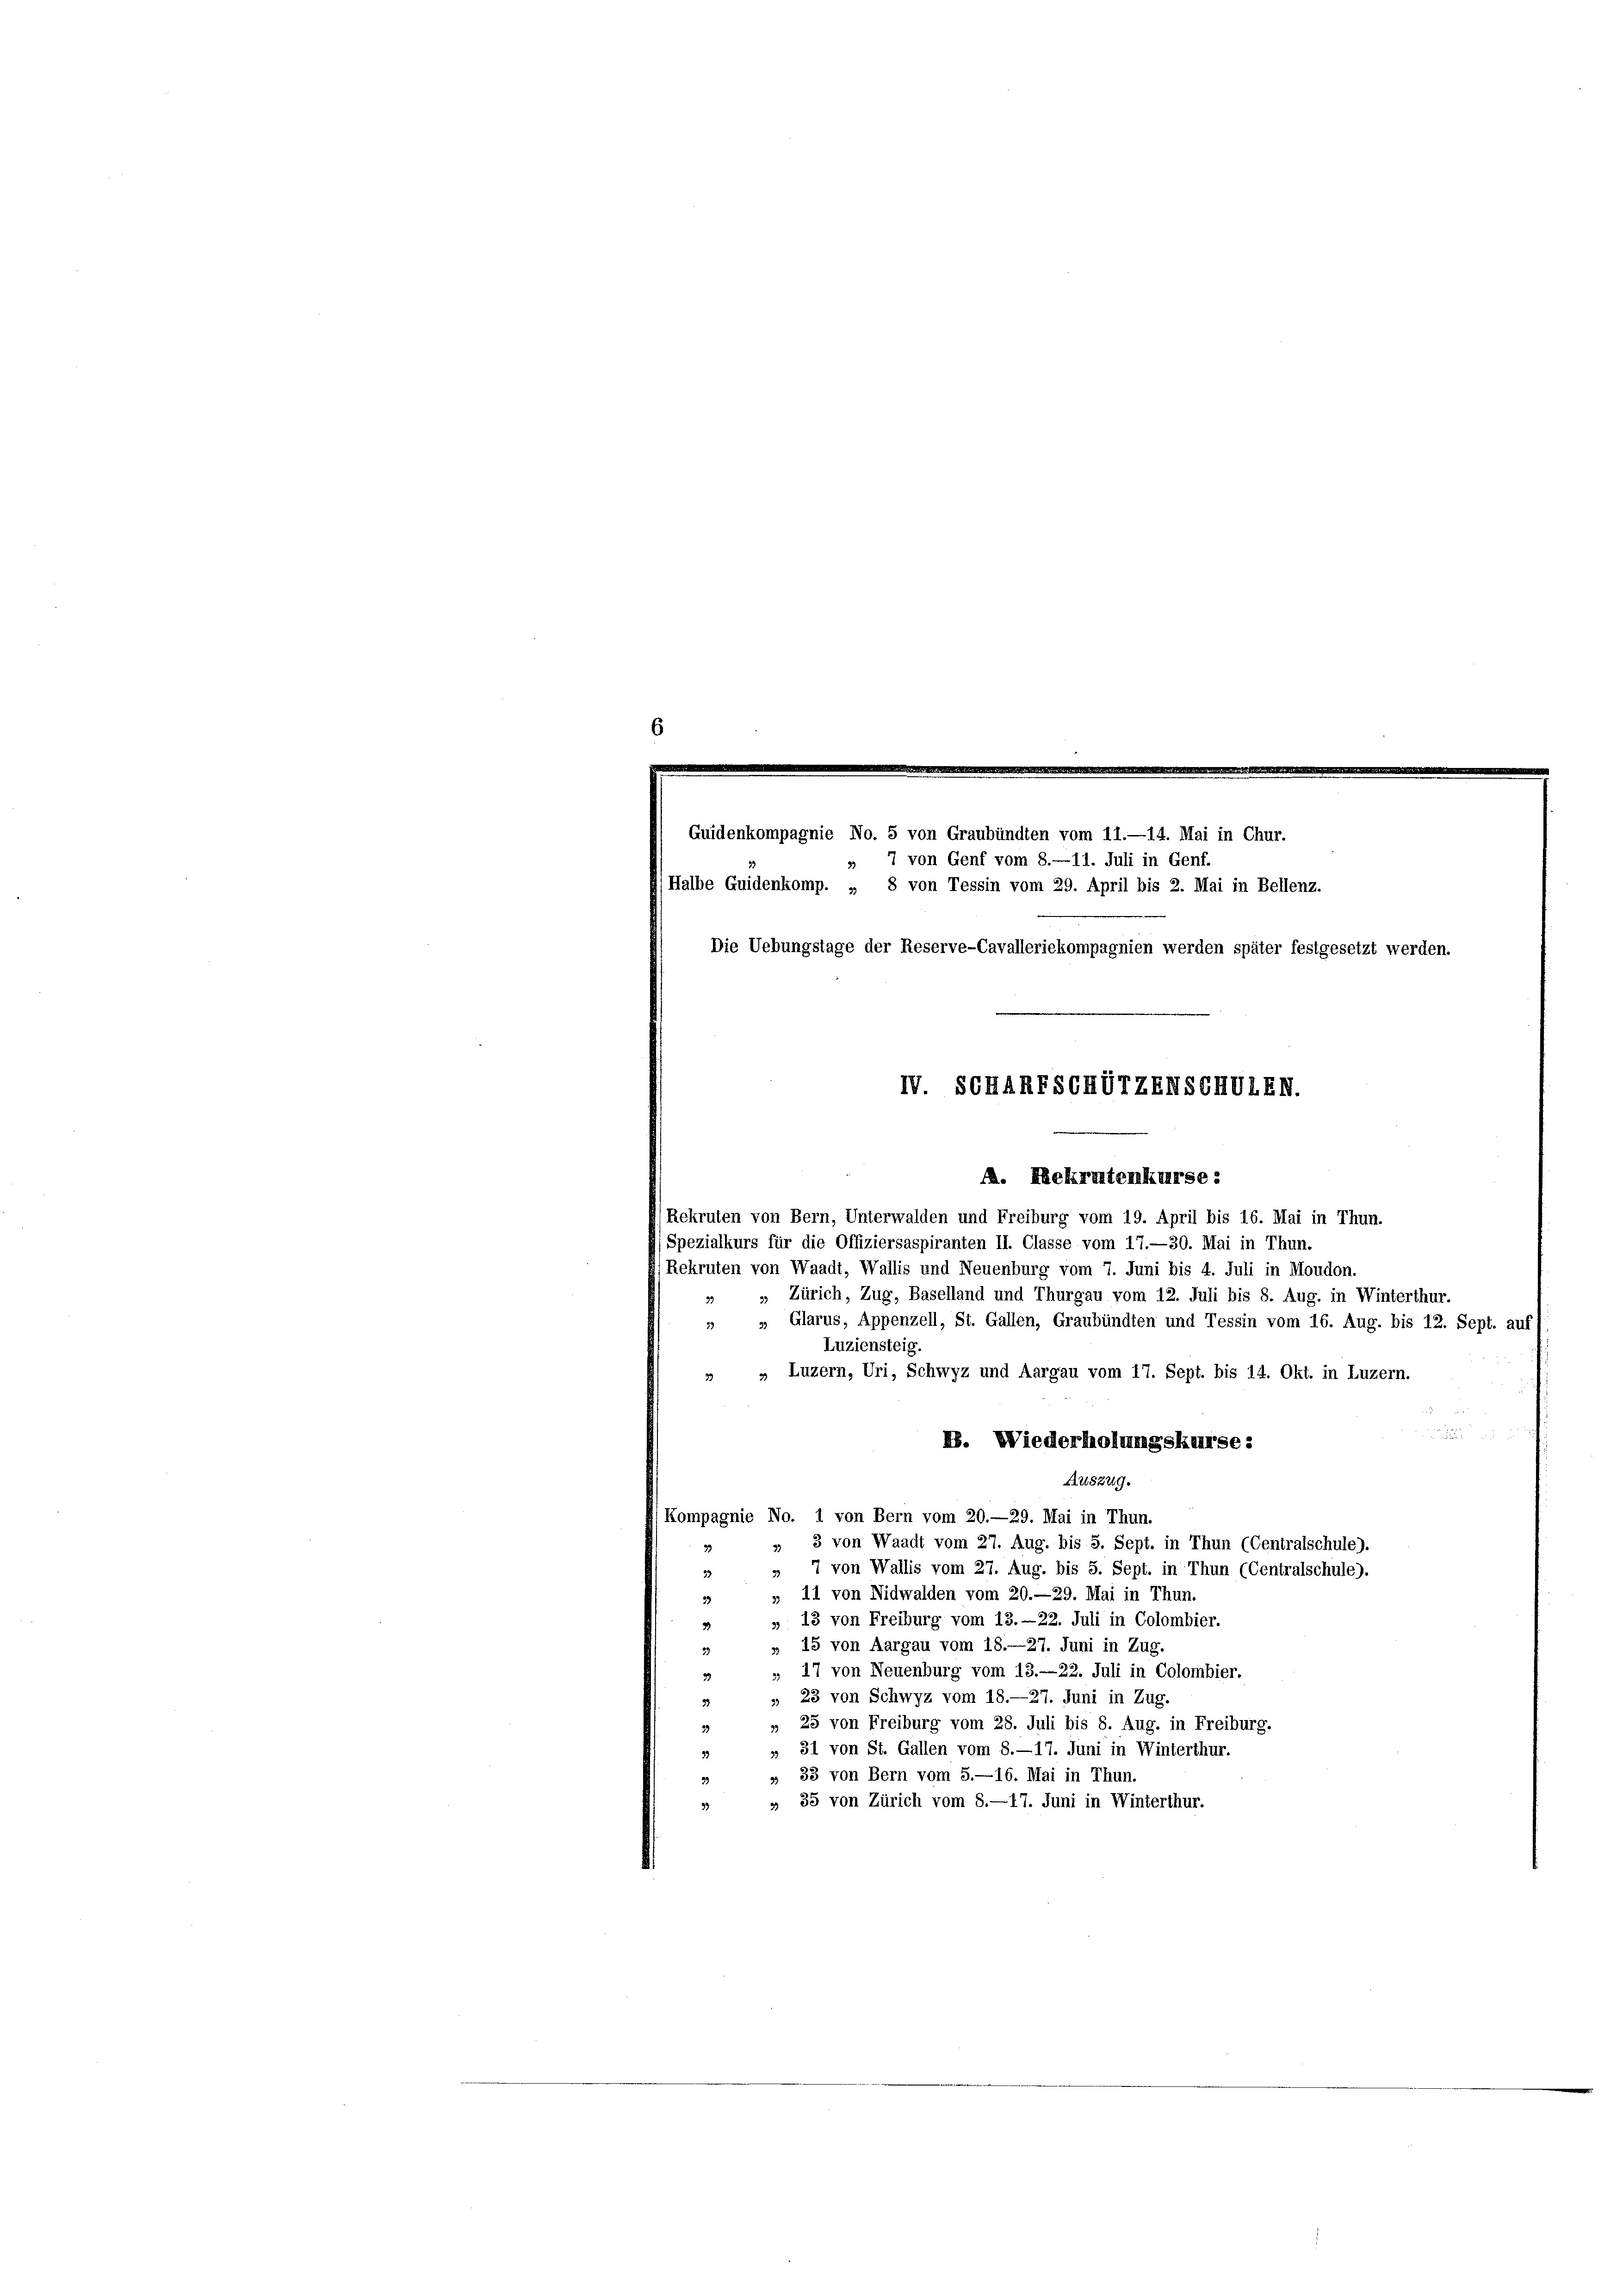
7 von Genf vom 8.—11. Juli in Genf.
Halbe Guidenkomp. „ 8 von Tessin vom 29. April bis 2. Mai in Bellenz.
W. SCHARTSCHUTZENSCHVLXV.

Guidenkompagnie No. 5 von Graubünden vom 11.—14. Mai in Chur.

Die Uebungstage der Reserve-Cavalleriekompagnien werden später festgesetzt werden.

A. Rekrutenkurse:
Rekruten von Bern, Unterwalden und Freiburg vom 19. April bis 16. Mai in Thun.
Spezialkurs für die Offiziersaspiranten II. Classe vom 17.—30. Mai in Thun.
Rekruten von Waadt, Wallis und Neuenburg vom 7. Juni bis 4. Juli in Moudon.
, Zürich, Zug, Baselland und Thurgau vom 12. Juli bis 8. Aug, in Winterthur.
„ „ Glarus, Appenzell, St. Gallen, Graubünden und Tessin vom 16. Aug. bis 12. Sept. auf
Luziensteig
» „ Luzern, Uri, Schwyz und Aargau vom 17. Sept. bis 14. Okt. in Luzern.

B. Wiederholungskurse:
Auszug.
Kompagnie No. 1 von Bern vom 20.—29. Mai in Thun.
» " 3 von Waadt vom 27. Aug. bis S. Sept. in Thun (Centralschule).
» 7 von Wallis vom 27. Aug. bis 5. Sept. in Thun (Centralschule).
39
» 11 von Nidwalden vom 20.—29. Mai in Thun.
33
„ 13 von Freiburg vom 13. —22. Juli in Colombier.
3
» 15 von Aargau vom 18.—27. Juni in Zug.
33
 47 von Neuenburg vom 13.—22. Juli in Colombier.
39
» 23 von Schwyz vom 18.—27. Juni in Zug.
33
» 25 von Freiburg vom 28. Juli bis 8. Aug. in Freiburg.
39
» 31 von St. Gallen vom 8.—17. Juni in Winterthur.
33
» 33 von Bern vom 5.—16. Mai in Thun.
» 35 von Zürich vom 8.—17. Juni in Winterthur.
33